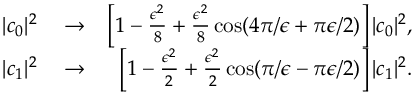
\begin{array} { r l r } { | c _ { 0 } | ^ { 2 } } & { { } \rightarrow } & { \left[ 1 - \frac { \epsilon ^ { 2 } } { 8 } + \frac { \epsilon ^ { 2 } } { 8 } \cos ( 4 \pi / \epsilon + \pi \epsilon / 2 ) \right] | c _ { 0 } | ^ { 2 } , } \\ { | c _ { 1 } | ^ { 2 } } & { { } \rightarrow } & { \left[ 1 - \frac { \epsilon ^ { 2 } } { 2 } + \frac { \epsilon ^ { 2 } } { 2 } \cos ( \pi / \epsilon - \pi \epsilon / 2 ) \right] | c _ { 1 } | ^ { 2 } . } \end{array}